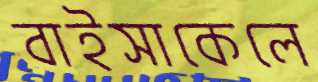
বাইসাকেলে